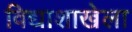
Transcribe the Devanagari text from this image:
विद्याशाखेला